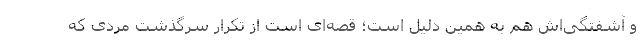
و آشفتگی‌اش هم به همین دلیل است؛ قصه‌ای است از تکرار سرگذشت مردی که